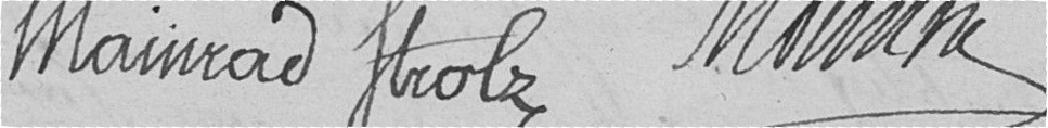
MAINRAD STROLZ  MONNIN